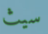
سيث